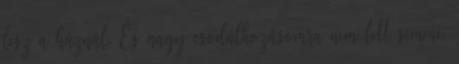
lesz a háznál. És nagy csodálkozásomra nem lett semmi.